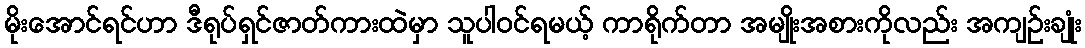
မိုးအောင်ရင်ဟာ ဒီရုပ်ရှင်ဇာတ်ကားထဲမှာ သူပါဝင်ရမယ့် ကာရိုက်တာ အမျိုးအစားကိုလည်း အကျဉ်းချုံး